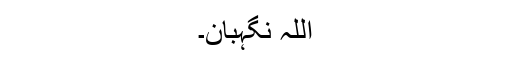
اللہ نگہبان۔